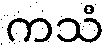
ကသံ